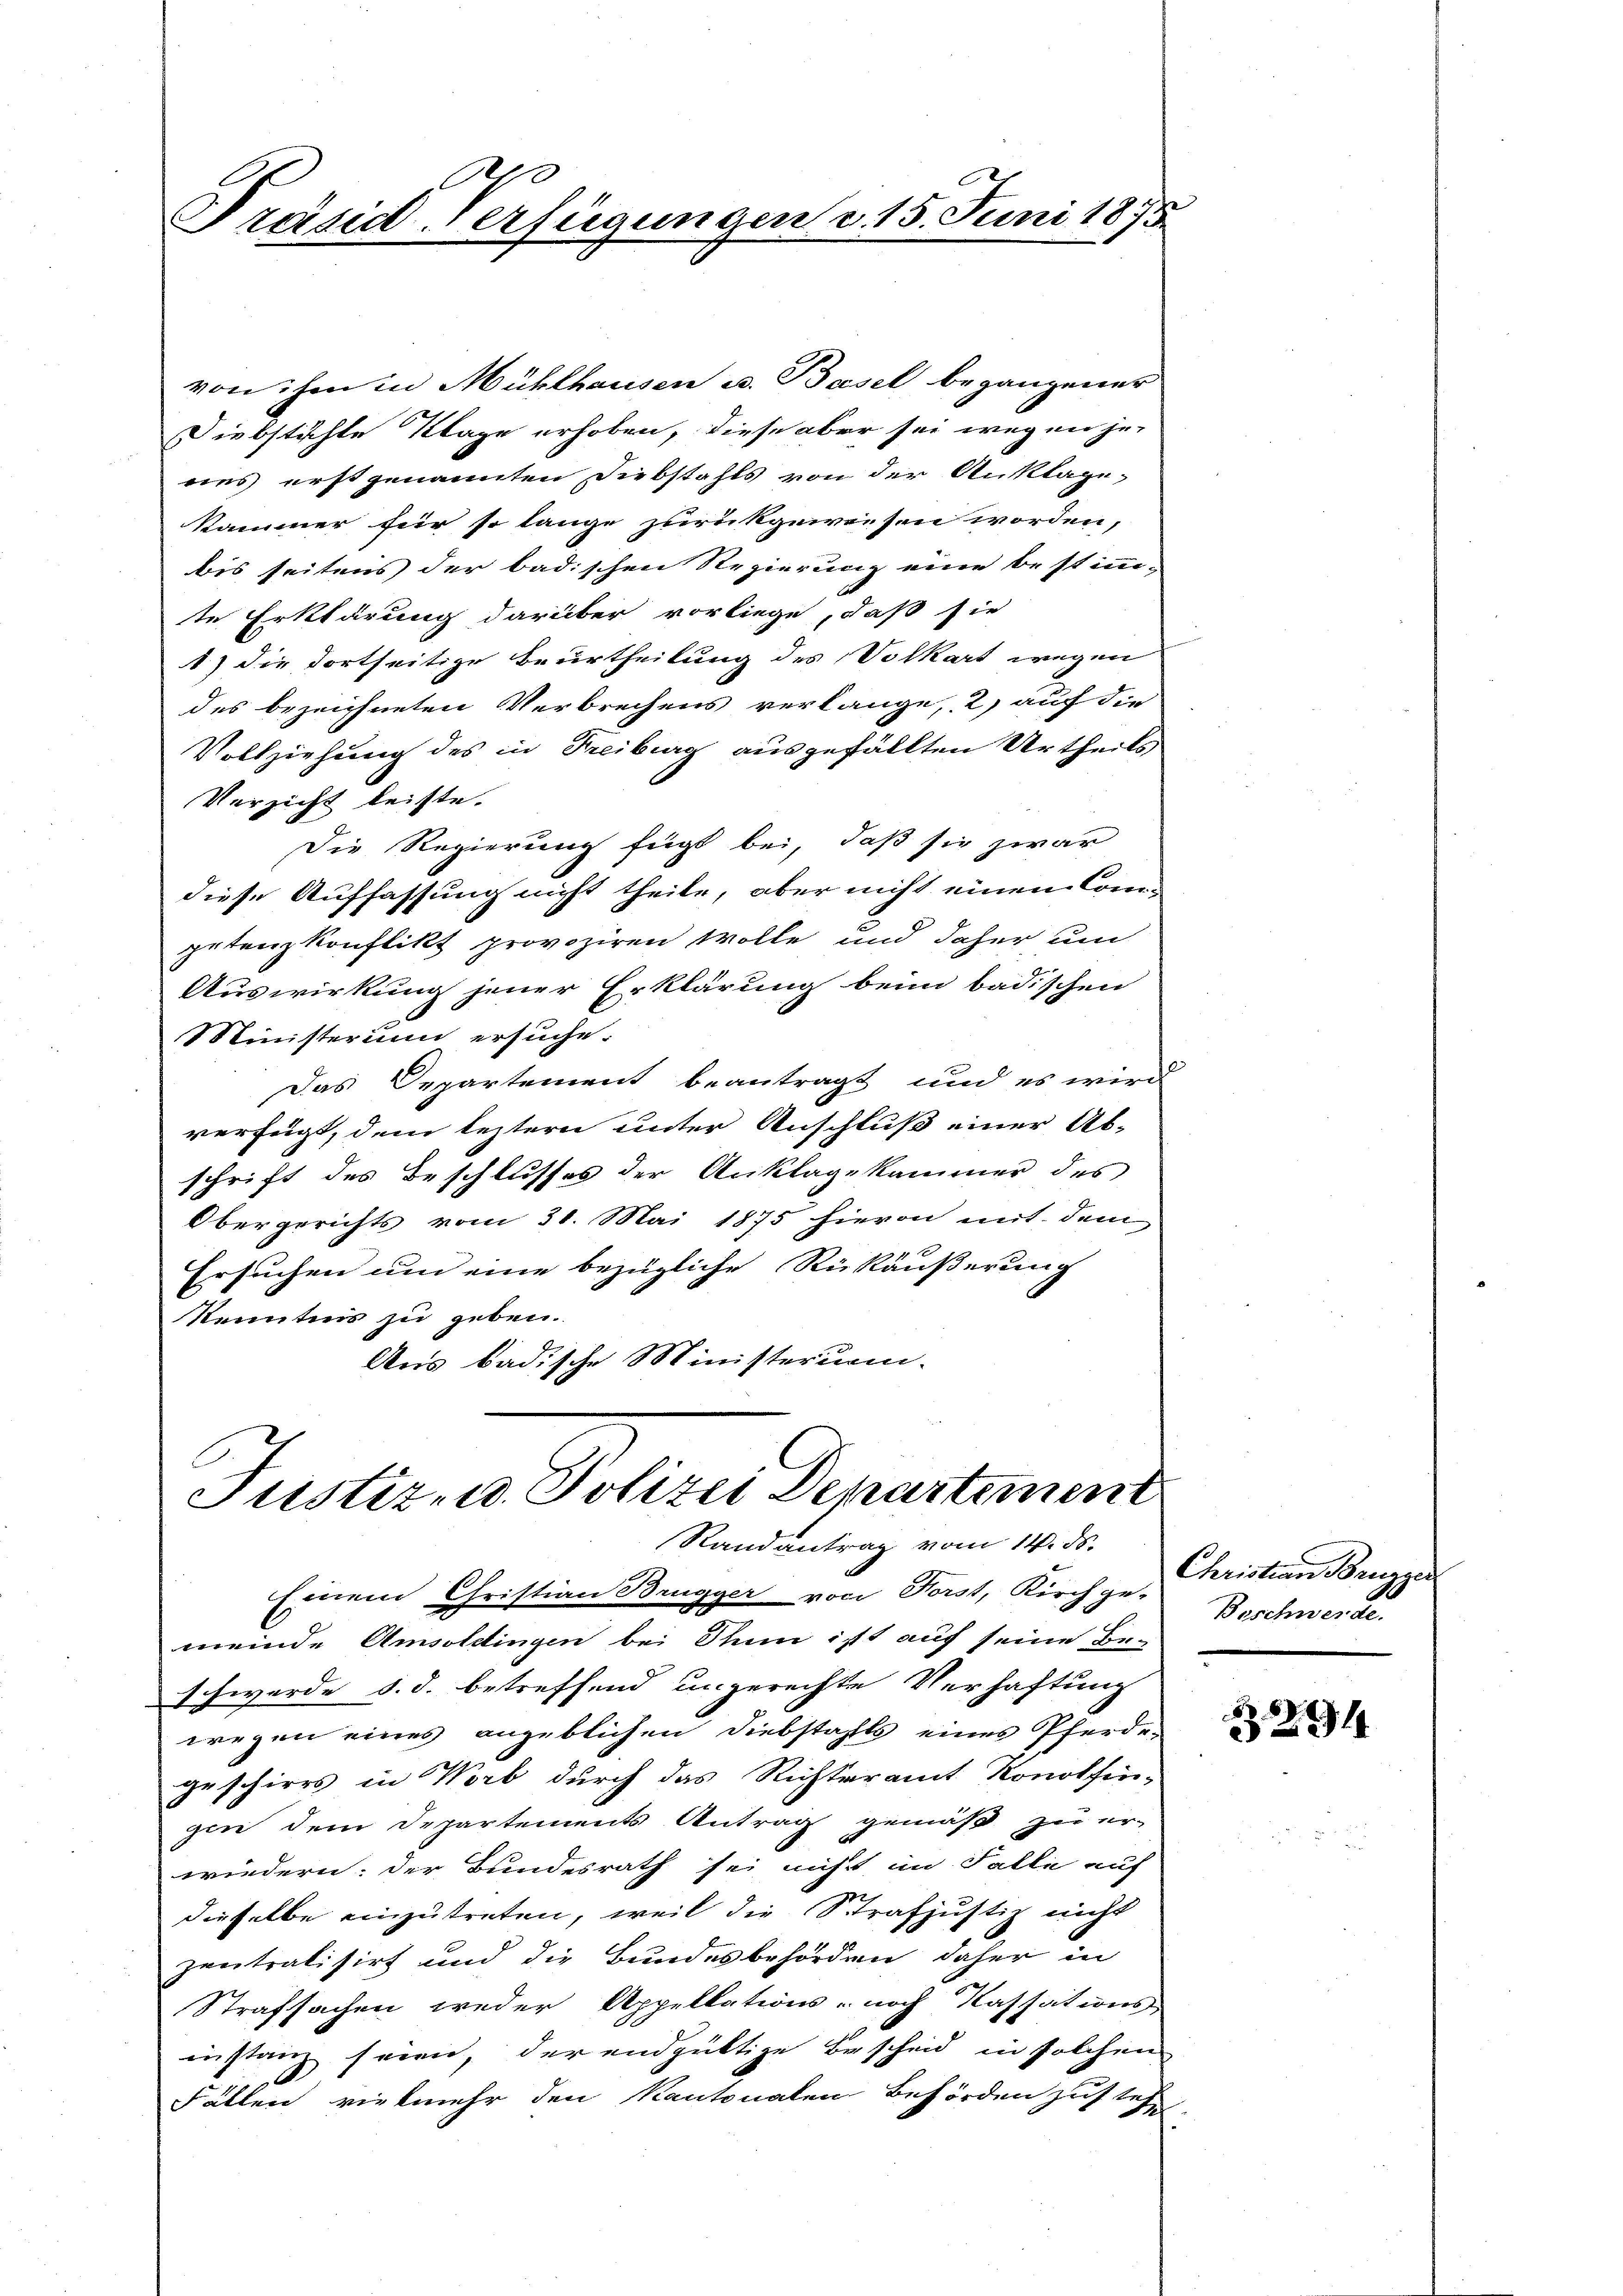
Tränd-Verfügungen d. 15. Juni 1875.

von ihm in Mühlhausen u. Basel begangener
Diebstächte Klage erhoben, diese aber sei wegen je-
nes erst genannten Diebstahls von der Ankläge-
Kammer für so lange zurückgeweisen worden,
bis seitens der badischen Regierung eine bestimm-
te Erklärung darüber vorliege, daß sie
1) die dortseitige Beurtheilung des Volkart wegen
des bezeichneten Verbrechens verlange, 2, auf die
Vollziehung des in Freiburg ausgefällten Urtheils
Verzicht leiste.
Die Regierung fügt bei, daß sie zwar
diese Auffassung nicht theile, aber nicht einen Com-
petenzkonflikt provoziren wolle und daher um
Auswirkung jener Erklärung beim badischen
Ministerum ersuche.
Das Departement beantragt und es wird
verfügt, dem leztern unter Anschluß einer Ab-
schrift des Beschlusses der Anklagekammer des
Obergerichts vom 30. Mai 1875 hievon mit dem
Ersuchen um eine bezügliche Rükäußerung
Kenntnis zu geben.
Aus badische Ministerumm-

Justiz- u. Polizei Departement
Randantrag vom 14. ds.

Einem Christian Brügger von Forst, Kirchge-
meinde Amsoletingen bei Thun ist auf seine Be-
schwerde d. d. betreffend ungerechte Verhaftung
wegen eines angeblichen Diebstahls eines Pferde-
geschirrs in Worb durch das Richteramt Konolfin-
gen dem Departements Antrag gemäß zu er-
wiedern: der Bundesrath sei nicht im Falle auf
dieselbe einzutreten, weil die Strafjustiz nicht
zentralisirt und die Bundesbehörden daher in
Strafsachen weder Appellations- noch Kassations-
instanz sein, der endgültige Bescheid in solchen
Fällen vielmehr den Kantonalen Behörden zustehe

Christian Bruzzis
Boschwerde.

291